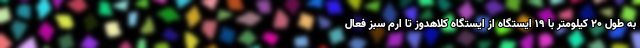
به طول ۲۰ کیلومتر با ۱۹ ایستگاه از ایستگاه کلاهدوز تا ارم سبز فعال